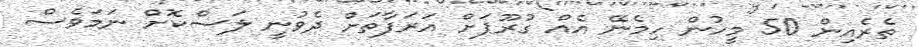
ތެރެއިން 50 މީހުން ހިމެނޭ އެއް ގުރޫޕަށް އަރަފާތަށް ދެވުނީ ލަސްކޮށް ނަމަވެސް